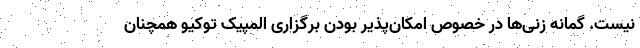
نیست. گمانه زنی‌ها در خصوص امکان‌پذیر بودن برگزاری المپیک توکیو همچنان